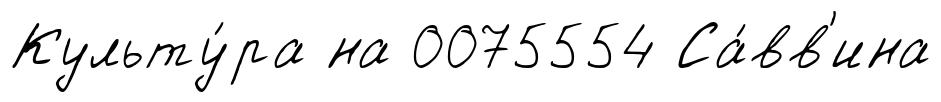
Культу́ра на 0075554 Са́вв'ина